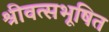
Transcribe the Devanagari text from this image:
श्रीवत्सभूषित